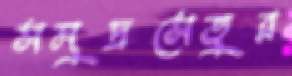
সমুদ্রসেতুর